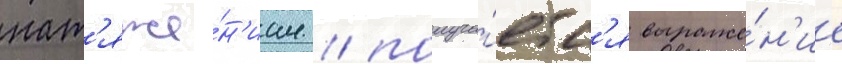
нат'яже́н'иам / получа́етс'я выраже́н'ие